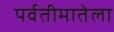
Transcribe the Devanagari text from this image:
पर्वतीमातेला